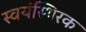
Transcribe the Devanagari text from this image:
स्वयंस्थिरक